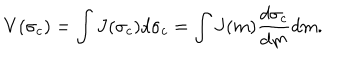
V ( \sigma _ { c } ) = \int J ( \sigma _ { c } ) d \sigma _ { c } = \int J ( m ) \frac { d \sigma _ { c } } { d m } d m .